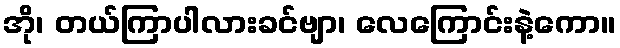
အို၊ တယ်ကြာပါလားခင်ဗျာ၊ လေကြောင်းနဲ့ကော။